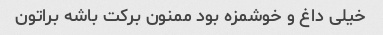
خیلی داغ و خوشمزه بود ممنون برکت باشه براتون